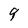
Character: 9